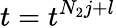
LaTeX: t=t^{N_{2}j+l}